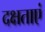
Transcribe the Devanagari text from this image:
दक्षताएं